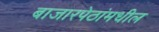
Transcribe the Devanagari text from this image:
बाजारपेठांमधील